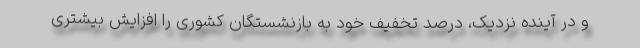
و در آینده نزدیک، درصد تخفیف خود به بازنشستگان کشوری را افزایش بیشتری